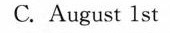
C. August 1 st